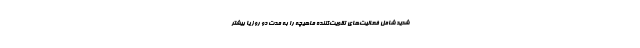
شدید شامل فعالیت‌های تقویت‌کننده ماهیچه را به مدت دو روز یا بیشتر